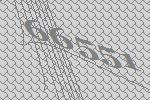
66551